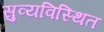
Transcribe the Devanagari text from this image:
सुव्यविस्थित